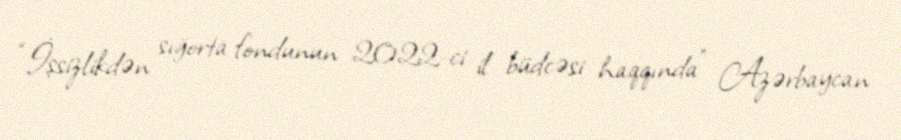
“İşsizlikdən sığorta fondunun 2022-ci il büdcəsi haqqında” Azərbaycan